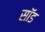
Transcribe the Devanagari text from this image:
सॉड